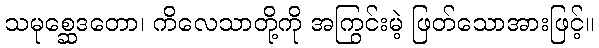
သမုစ္ဆေဒတော၊ ကိလေသာတို့ကို အကြွင်းမဲ့ ဖြတ်သောအားဖြင့်။